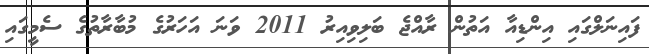
ފައިނަލްގައި އިންޑިއާ އަތުން ރާއްޖެ ބަލިވިއިރު 2011 ވަނަ އަހަރުގެ މުބާރާތުގެ ސެމީގައި